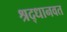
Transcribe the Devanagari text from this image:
श्रद्धानवत